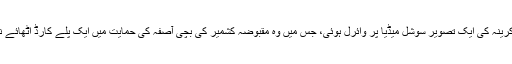
حال ہی میں کرینہ کی ایک تصویر سوشل میڈیا پر وائرل ہوئی، جس میں وہ مقبوضہ کشمیر کی بچی آصفہ کی حمایت میں ایک پلے کارڈ اٹھائے نظر آئی تھیں۔